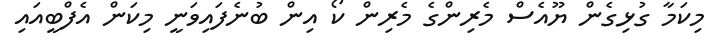
މިކަމާ ގުޅިގެން ޔޫއެސް މެރިންގެ މެރިން ކޯ އިން ބުނެފައިވަނީ މިކަން އެފްބީއައި